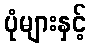
ပုံများနှင့်